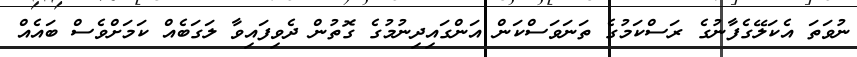
ނުވަތަ އެކަލޭގެފާނުގެ ރަސްކަމުގެ ތަނަވަސްކަން އަންގައިދިނުމުގެ ގޮތުން ދެވިފައިވާ ލަގަބެއް ކަމަށްވެސް ބައެއް